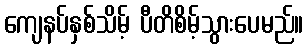
ကျေနပ်နှစ်သိမ့် ပီတိစိမ့်သွားပေမည်။